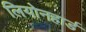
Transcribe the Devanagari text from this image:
लियोनहार्ड